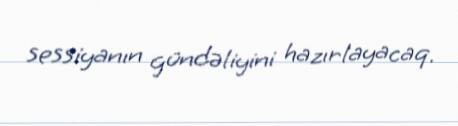
sessiyanın gündəliyini hazırlayacaq.